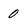
Character: 0